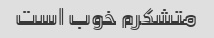
متشکرم خوب است